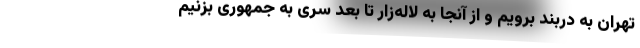
تهران به دربند برویم و از آنجا به لاله‌زار تا بعد سری به جمهوری بزنیم